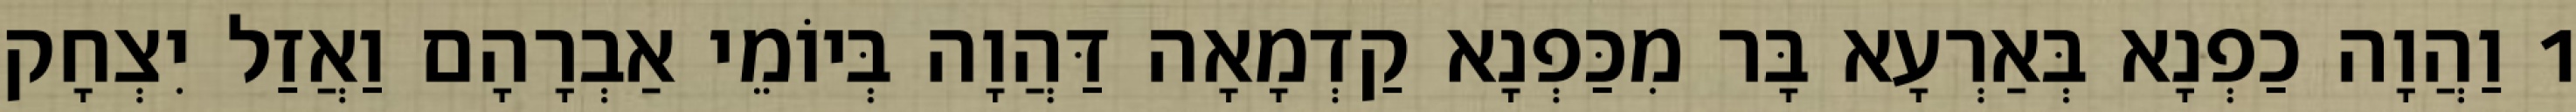
1 וַהֲוָה כַפְנָא בְּאַרְעָא בָּר מִכַּפְנָא קַדְמָאָה דַּהֲוָה בְּיוֹמֵי אַבְרָהָם וַאֲזַל יִצְחָק